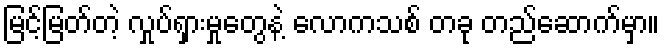
မြင့်မြတ်တဲ့ လှုပ်ရှားမှုတွေနဲ့ လောကသစ် တခု တည်ဆောက်မှာ။